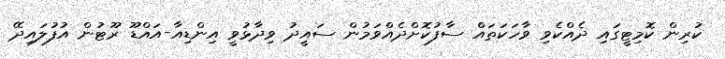
ކުރިން ކޮމިޓީގައި ދެއްކެވި ވާހަކަތައް ސާފުކޮށްދެއްވަމުން ސައީދު ވިދާޅުވީ އިންޑިއާ-އައްޑޫ ރޫޓުން އުފުލައިދޭ